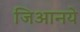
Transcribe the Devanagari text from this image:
जिआनये